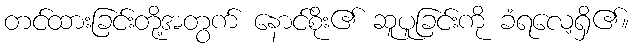
တင်ထားခြင်းတို့အတွက် နောင်စိုး၏ ဆူပူခြင်းကို ခံရလေ့ရှိ၏။